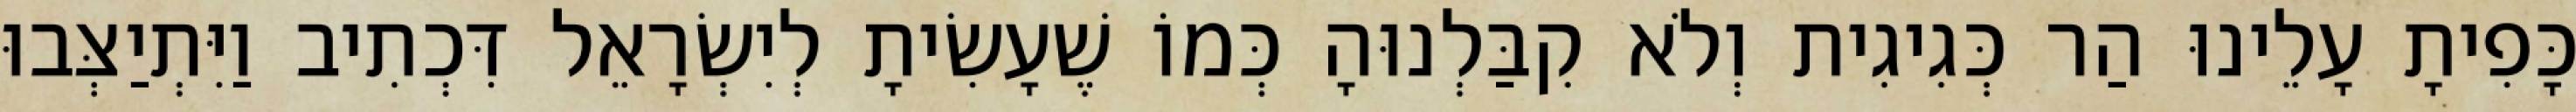
כָּפִיתָ עָלֵינוּ הַר כְּגִיגִית וְלֹא קִבַּלְנוּהָ כְּמוֹ שֶׁעָשִׂיתָ לְיִשְׂרָאֵל דִּכְתִיב וַיִּתְיַצְּבוּ